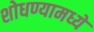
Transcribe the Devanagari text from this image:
शोधण्यामध्ये